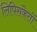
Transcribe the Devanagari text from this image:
लिपिसंकेतों